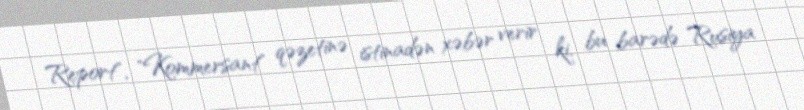
Report", "Kommersant" qəzetinə istinadən xəbər verir ki, bu barədə Rusiya